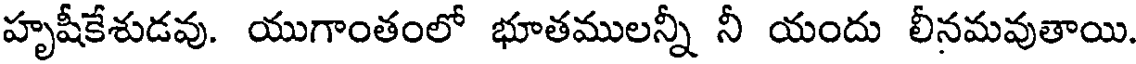
హృషీకేశుడవు. యుగాంతంలో భూతములన్నీ నీ యందు లీనమవుతాయి.